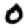
Digit: 0